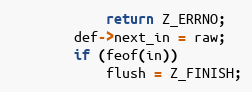
Language: C
            return Z_ERRNO;
        def->next_in = raw;
        if (feof(in))
            flush = Z_FINISH;